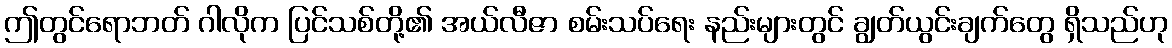
ဤတွင်ရောဘတ် ဂါလိုက ပြင်သစ်တို့၏ အယ်လီဇာ စမ်းသပ်ရေး နည်းများတွင် ချွတ်ယွင်းချက်တွေ ရှိသည်ဟု